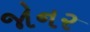
જોનર